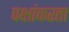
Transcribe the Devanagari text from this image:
पक्षांकरता